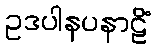
ဥဒပါနပနာဠိံ